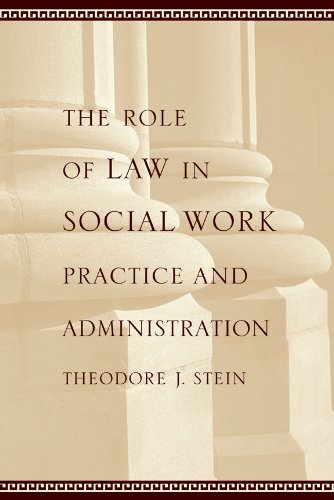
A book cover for The Role of Law in Social Work Practice and Administration; Theodore J. Stein; Law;